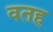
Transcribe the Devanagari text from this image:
वतह